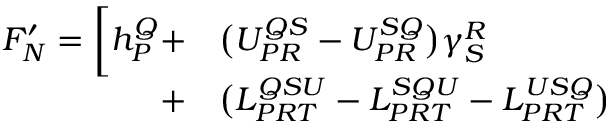
\begin{array} { r l } { F _ { N } ^ { \prime } = \bigg [ h _ { P } ^ { Q } + } & { { } \big ( U _ { P R } ^ { Q S } - U _ { P R } ^ { S Q } \big ) \gamma _ { S } ^ { R } } \\ { + } & { { } \big ( L _ { P R T } ^ { Q S U } - L _ { P R T } ^ { S Q U } - L _ { P R T } ^ { U S Q } \big ) } \end{array}